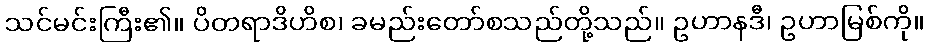
သင်မင်းကြီး၏။ ပိတရာဒိဟိစ၊ ခမည်းတော်စသည်တို့သည်။ ဥဟာနဒီ၊ ဥဟာမြစ်ကို။